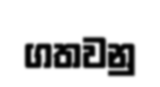
ගතවනු